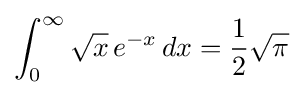
\int _{0}^{\infty }{\sqrt {x}}\,e^{-x}\,dx={\frac {1}{2}}{\sqrt {\pi }}